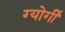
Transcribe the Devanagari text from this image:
ग्योर्गी